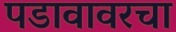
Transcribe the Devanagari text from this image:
पडावावरचा